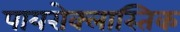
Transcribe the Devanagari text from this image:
पायरोक्लास्तिक